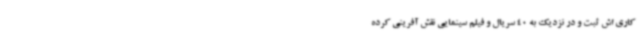
کاری اش ثبت و در نزدیک به 40 سریال و فیلم سینمایی نقش آفرینی کرده